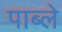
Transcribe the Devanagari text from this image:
पाब्ले